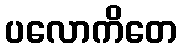
ပလောကိတေ